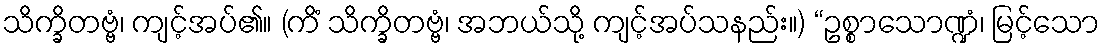
သိက္ခိတဗ္ဗံ၊ ကျင့်အပ်၏။ (ကိံ သိက္ခိတဗ္ဗံ၊ အဘယ်သို့ ကျင့်အပ်သနည်း။) “ဥစ္စာသောဏ္ဍံ၊ မြင့်သော